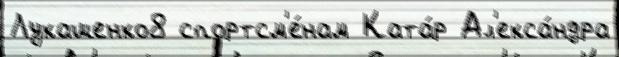
Лукашенко8 спортсм'е́нам Ката́р Ал'екса́ндра